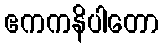
ဧကကနိပါတော